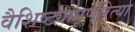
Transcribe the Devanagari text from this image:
वैशिष्ट्यापूर्णरित्या